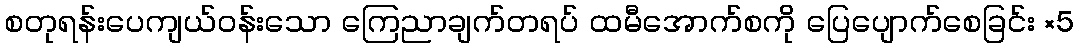
စတုရန်းပေကျယ်ဝန်းသော ကြေညာချက်တရပ် ထမီအောက်စကို ပြေပျောက်စေခြင်း ×5